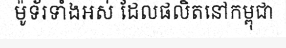
ម៉ូទ័រទាំងអស់ ដែលផលិតនៅកម្ពុជា